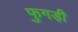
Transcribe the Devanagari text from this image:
फुगड़ी